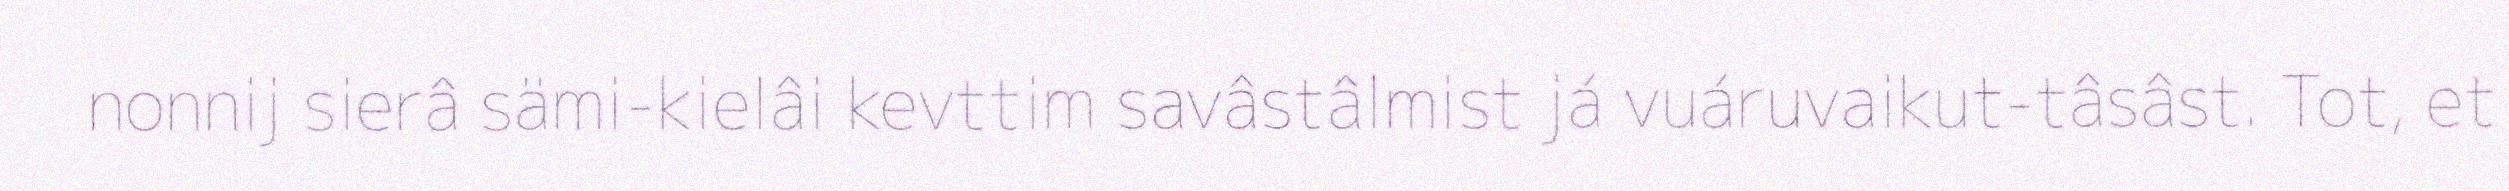
nonnij sierâ sämi-kielâi kevttim savâstâlmist já vuáruvaikut-tâsâst. Tot, et